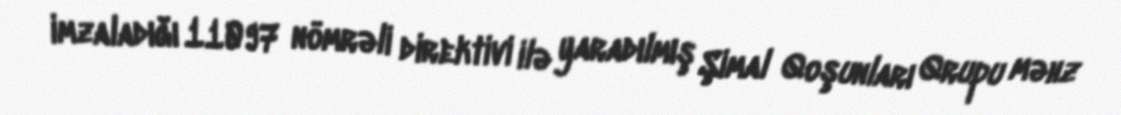
imzaladığı 11097 nömrəli direktivi ilə yaradılmış Şimal Qoşunları Qrupu məhz